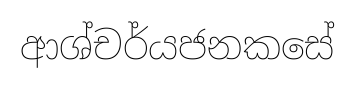
ආශ්චර්යජනකසේ